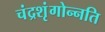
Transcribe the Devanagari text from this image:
चंद्रशृंगोन्नति